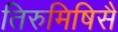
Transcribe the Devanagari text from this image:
तिरुमिषिसै